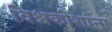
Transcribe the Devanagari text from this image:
विश्वकोशांना